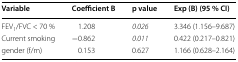
<table><thead><tr><td><b>Variable</b></td><td><b>Coefficient B</b></td><td><b>p value</b></td><td><b>Exp (B) (95 % CI)</b></td></tr></thead><tbody><tr><td>FEV<sub>1</sub>/FVC &lt; 70 %</td><td>1.208</td><td><i>0.026</i></td><td>3.346 (1.156–9.687)</td></tr><tr><td>Current smoking</td><td>−0.862</td><td><i>0.011</i></td><td>0.422 (0.217–0.821)</td></tr><tr><td>gender (f/m)</td><td>0.153</td><td>0.627</td><td>1.166 (0.628–2.164)</td></tr></tbody></table>